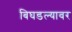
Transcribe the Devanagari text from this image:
बिघडल्यावर